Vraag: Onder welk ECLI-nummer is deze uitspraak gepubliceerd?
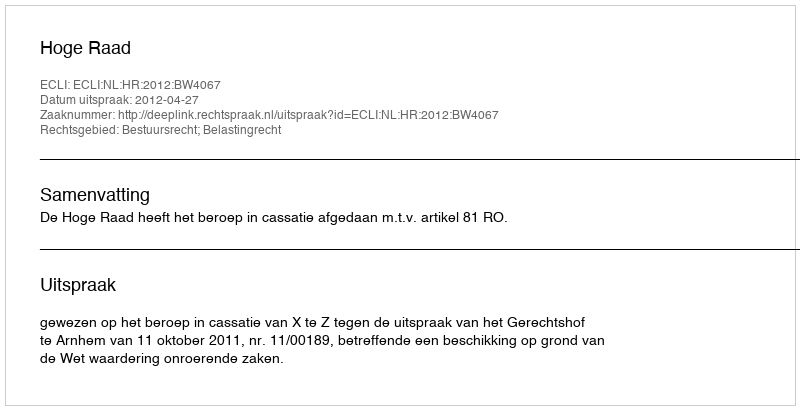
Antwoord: ECLI:NL:HR:2012:BW4067